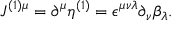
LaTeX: J ^ { ( 1 ) \mu } = \partial ^ { \mu } \eta ^ { ( 1 ) } = \epsilon ^ { \mu \nu \lambda } \partial _ { \nu } \beta _ { \lambda } .